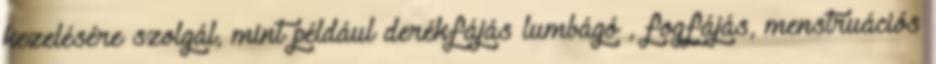
kezelésére szolgál, mint például derékfájás lumbágó , fogfájás, menstruációs